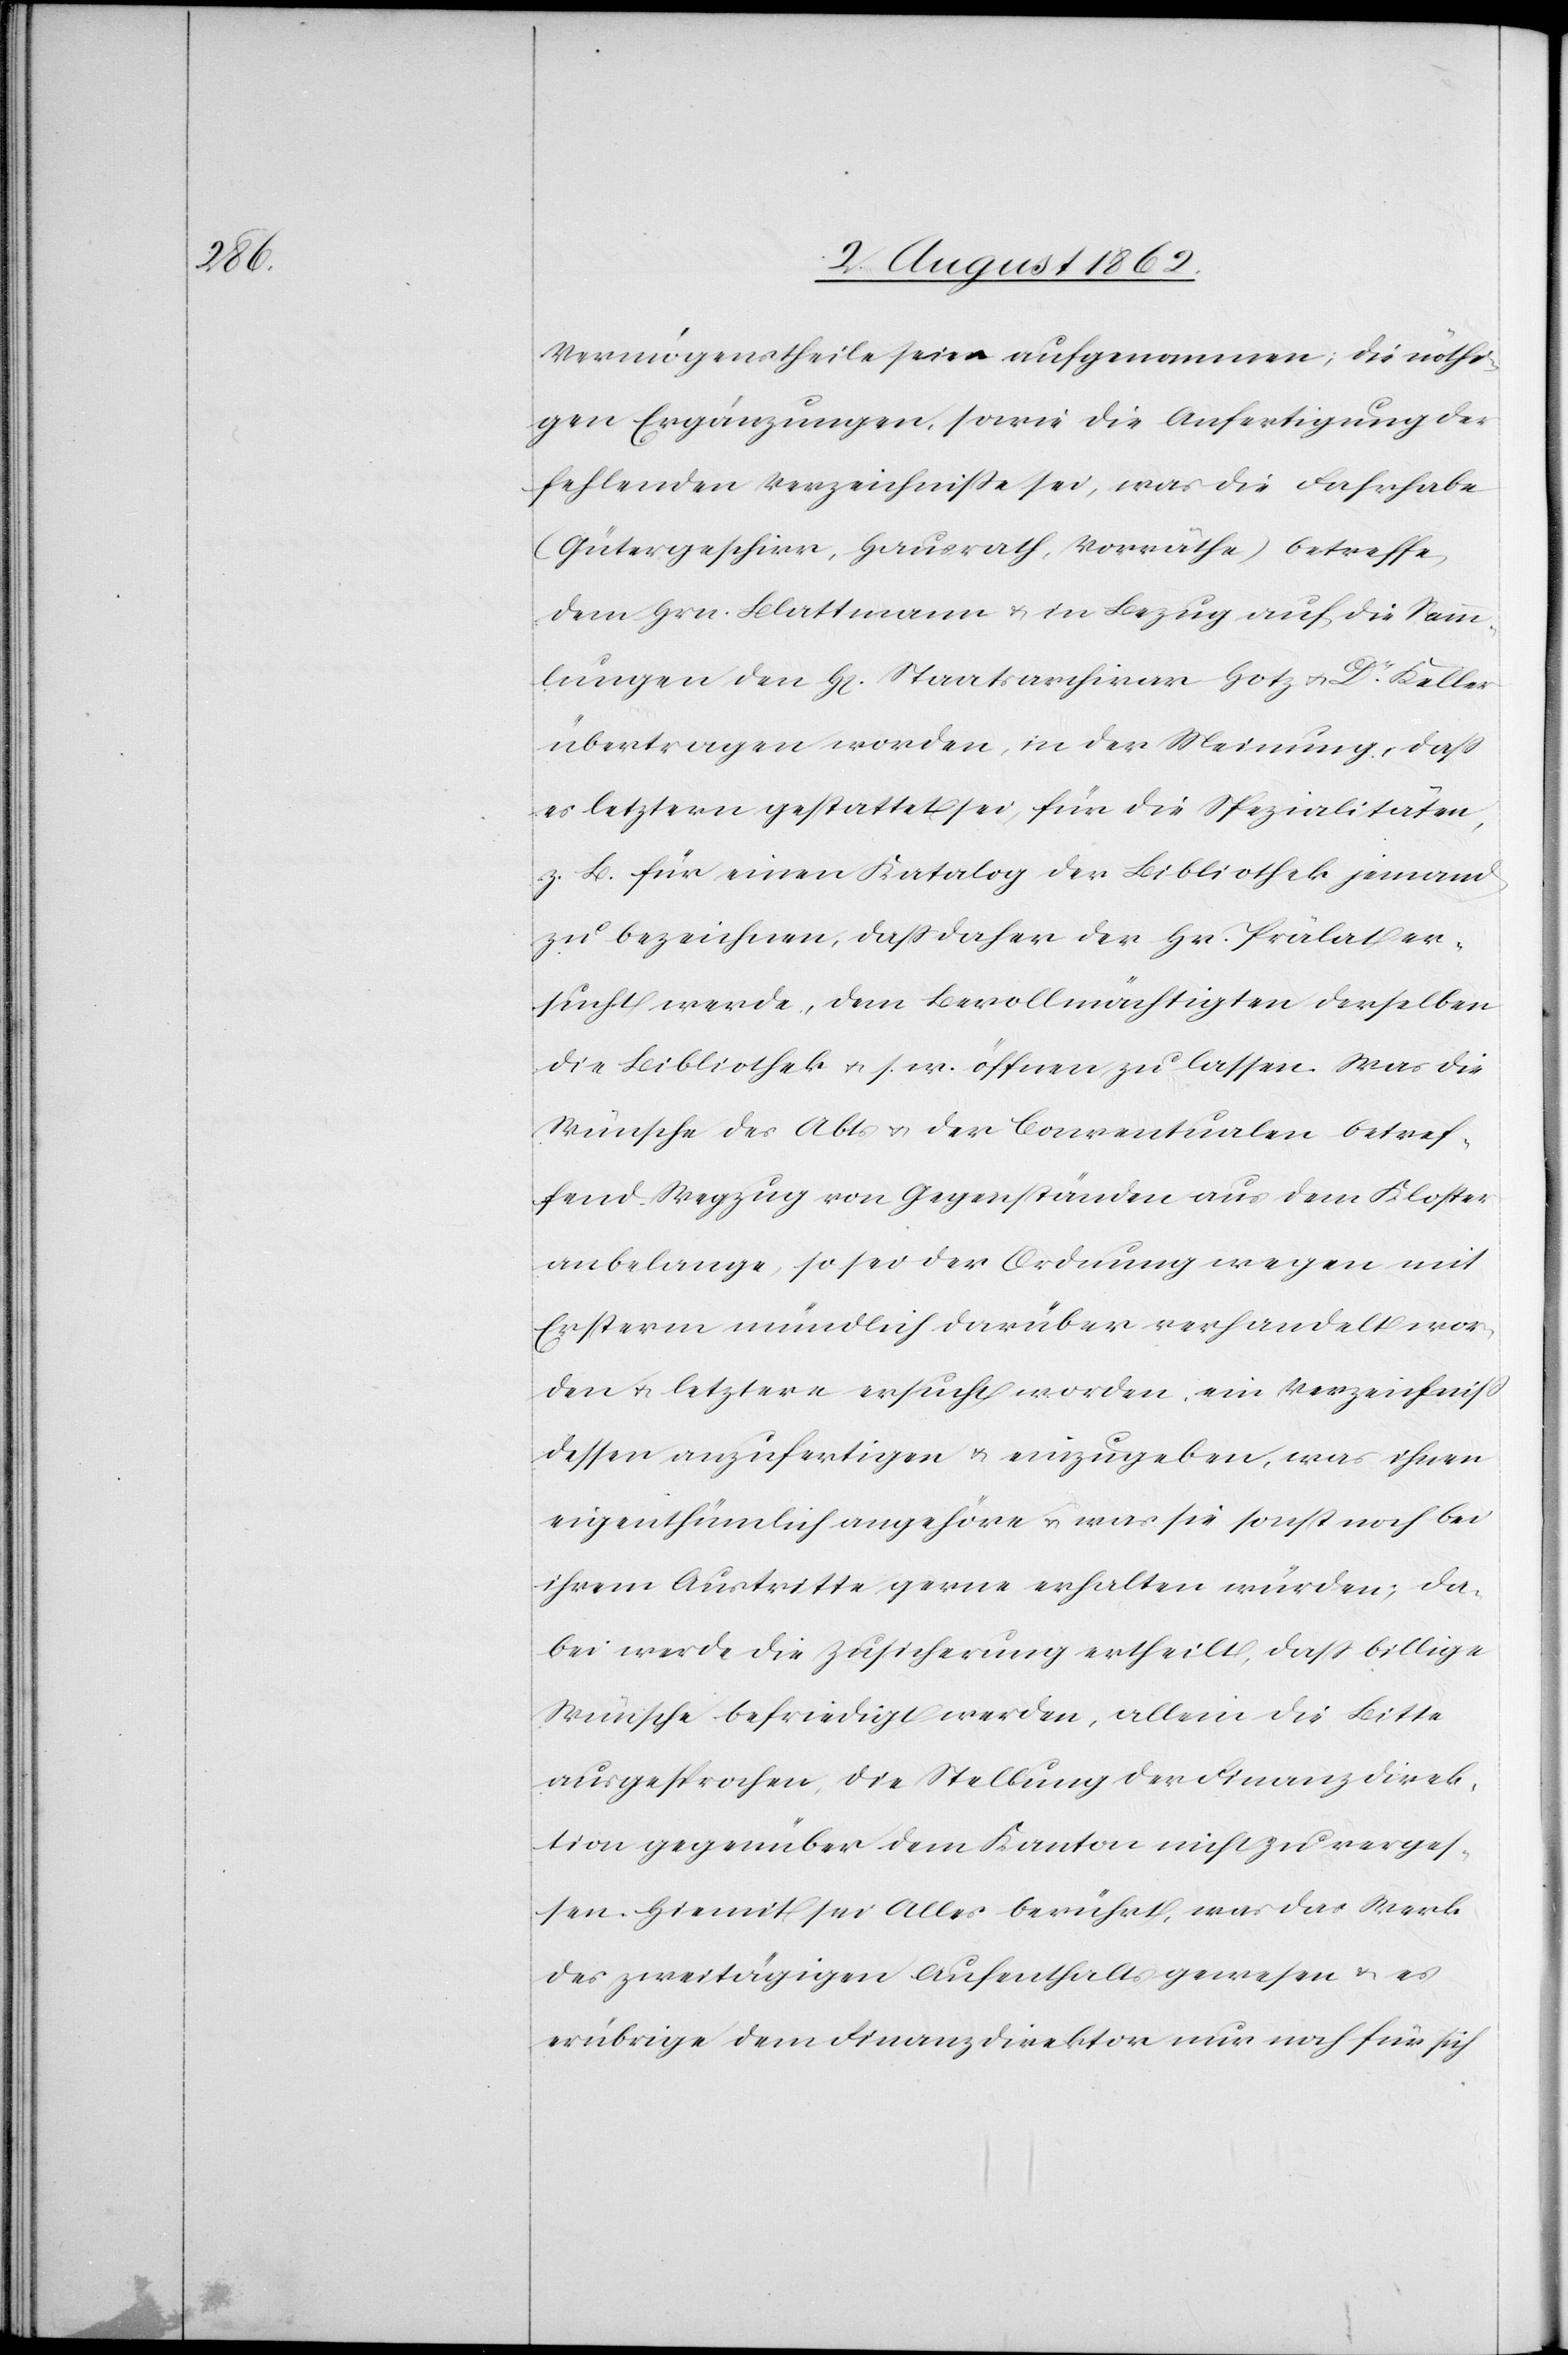
Vermögenstheile seien aufgenommen; die nöthi¬
gen Ergänzungen, sowie die Anfertigung der
fehlenden Verzeichnisse sei, was die Fahrhabe
(Gütergeschirr, Hausrath, Vorräthe) betreffe,
dem Hrn. Blattmann u. in Bezug auf die Samm¬
lungen den H[erren] Staatsarchivar Hotz u. Dr. Keller
übertragen worden, in der Meinung, daß
es letztern gestattet sei, für die Spezialitäten,
z. B. für einen Katalog der Bibliothek jemand
zu bezeichnen, daß daher der Hr. Prälat er¬
sucht werde, dem Bevollmächtigten derselben
die Bibliothek u. s. w. öffnen zu lassen. Was die
Wünsche des Abts u. der Conventualen betref¬
fend Wegzug von Gegenständen aus dem Kloster
anbelange, so sei der Ordnung wegen mit
Ersterm mündlich darüber verhandelt wor¬
den u. letztere ersucht worden, ein Verzeichniß
dessen anzufertigen u. einzugeben, was ihnen
eigenthümlich angehöre u. was sie sonst noch bei
ihrem Austritte gerne erhalten würden; da¬
bei werde die Zusicherung ertheilt, daß billige
Wünsche befriedigt werden, allein die Bitte
ausgesprochen, die Stellung der Finanzdirek¬
tion gegenüber dem Kanton nicht zu verges¬
sen. Hiemit sei Alles berührt, was das Werk
des zweitätigen Aufenthalts gewesen u. es
erübrige dem Finanzdirektor nur noch für sich